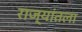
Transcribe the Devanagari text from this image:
राज्यांतला